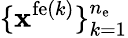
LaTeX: \{ {\mathbf x}^{\mathrm{fe}(k)}\} _{k=1}^{n_{\mathrm{e}}}